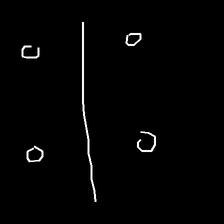
Glyph: cool